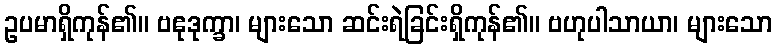
ဥပမာရှိကုန်၏။ ဗဧုဒုက္ခာ၊ များသော ဆင်းရဲခြင်းရှိကုန်၏။ ဗဟုပါသာယာ၊ များသော